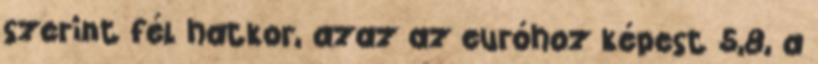
szerint fél hatkor, azaz az euróhoz képest 5,8, a